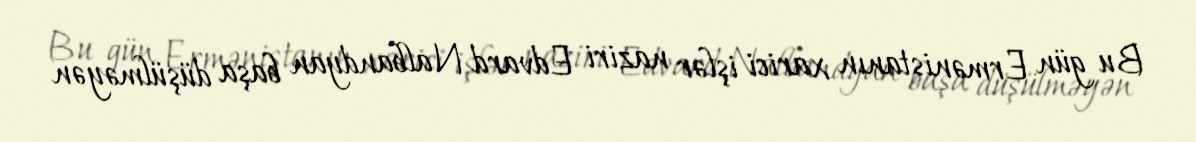
Bu gün Ermənistanın xarici işlər naziri Edvard Nalbandyan başa düşülməyən